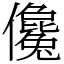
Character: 儳